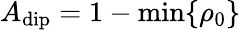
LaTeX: A_{\mathrm{dip}}=1-\mathrm{min}\{ \rho_{0}\}